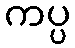
ကပ္ပ